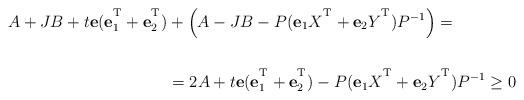
LaTeX: \begin{align*}A+JB+t{\bf e}({\bf e}_{1}^{\textsuperscript{T}}+{\bf e}_{2}^{\textsuperscript{T}})&+\left(A-JB-P({\bf e}_{1}X^{\textsuperscript{T}}+{\bf e}_{2}Y^{\textsuperscript{T}})P^{-1}\right) = \\ \\&= 2A+t{\bf e}({\bf e}_{1}^{\textsuperscript{T}}+{\bf e}_{2}^{\textsuperscript{T}})-P({\bf e}_{1}X^{\textsuperscript{T}}+{\bf e}_{2}Y^{\textsuperscript{T}})P^{-1}\geq 0\end{align*}